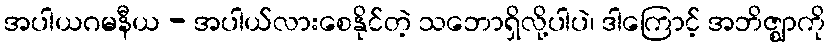
အပါယဂမနီယ - အပါယ်လားစေနိုင်တဲ့ သဘောရှိလို့ပါပဲ၊ ဒါကြောင့် အဘိဇ္ဈာကို